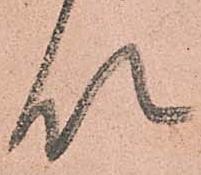
以